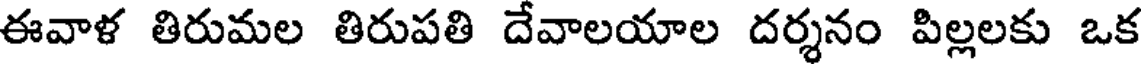
ఈవాళ తిరుమల తిరుపతి దేవాలయాల దర్శనం పిల్లలకు ఒక